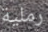
رملية